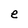
Character: e